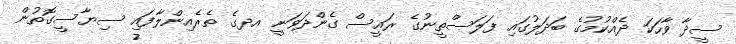
ސީދާ ވާހަކަ ދެއްކުމުގެ ބަދަލުގައި ފަލަސްތީނުގެ ރައީސް ގެންދަވަނީ އދގެ ތެރެއިންލާފައި ސިޔާސީގޮތުން